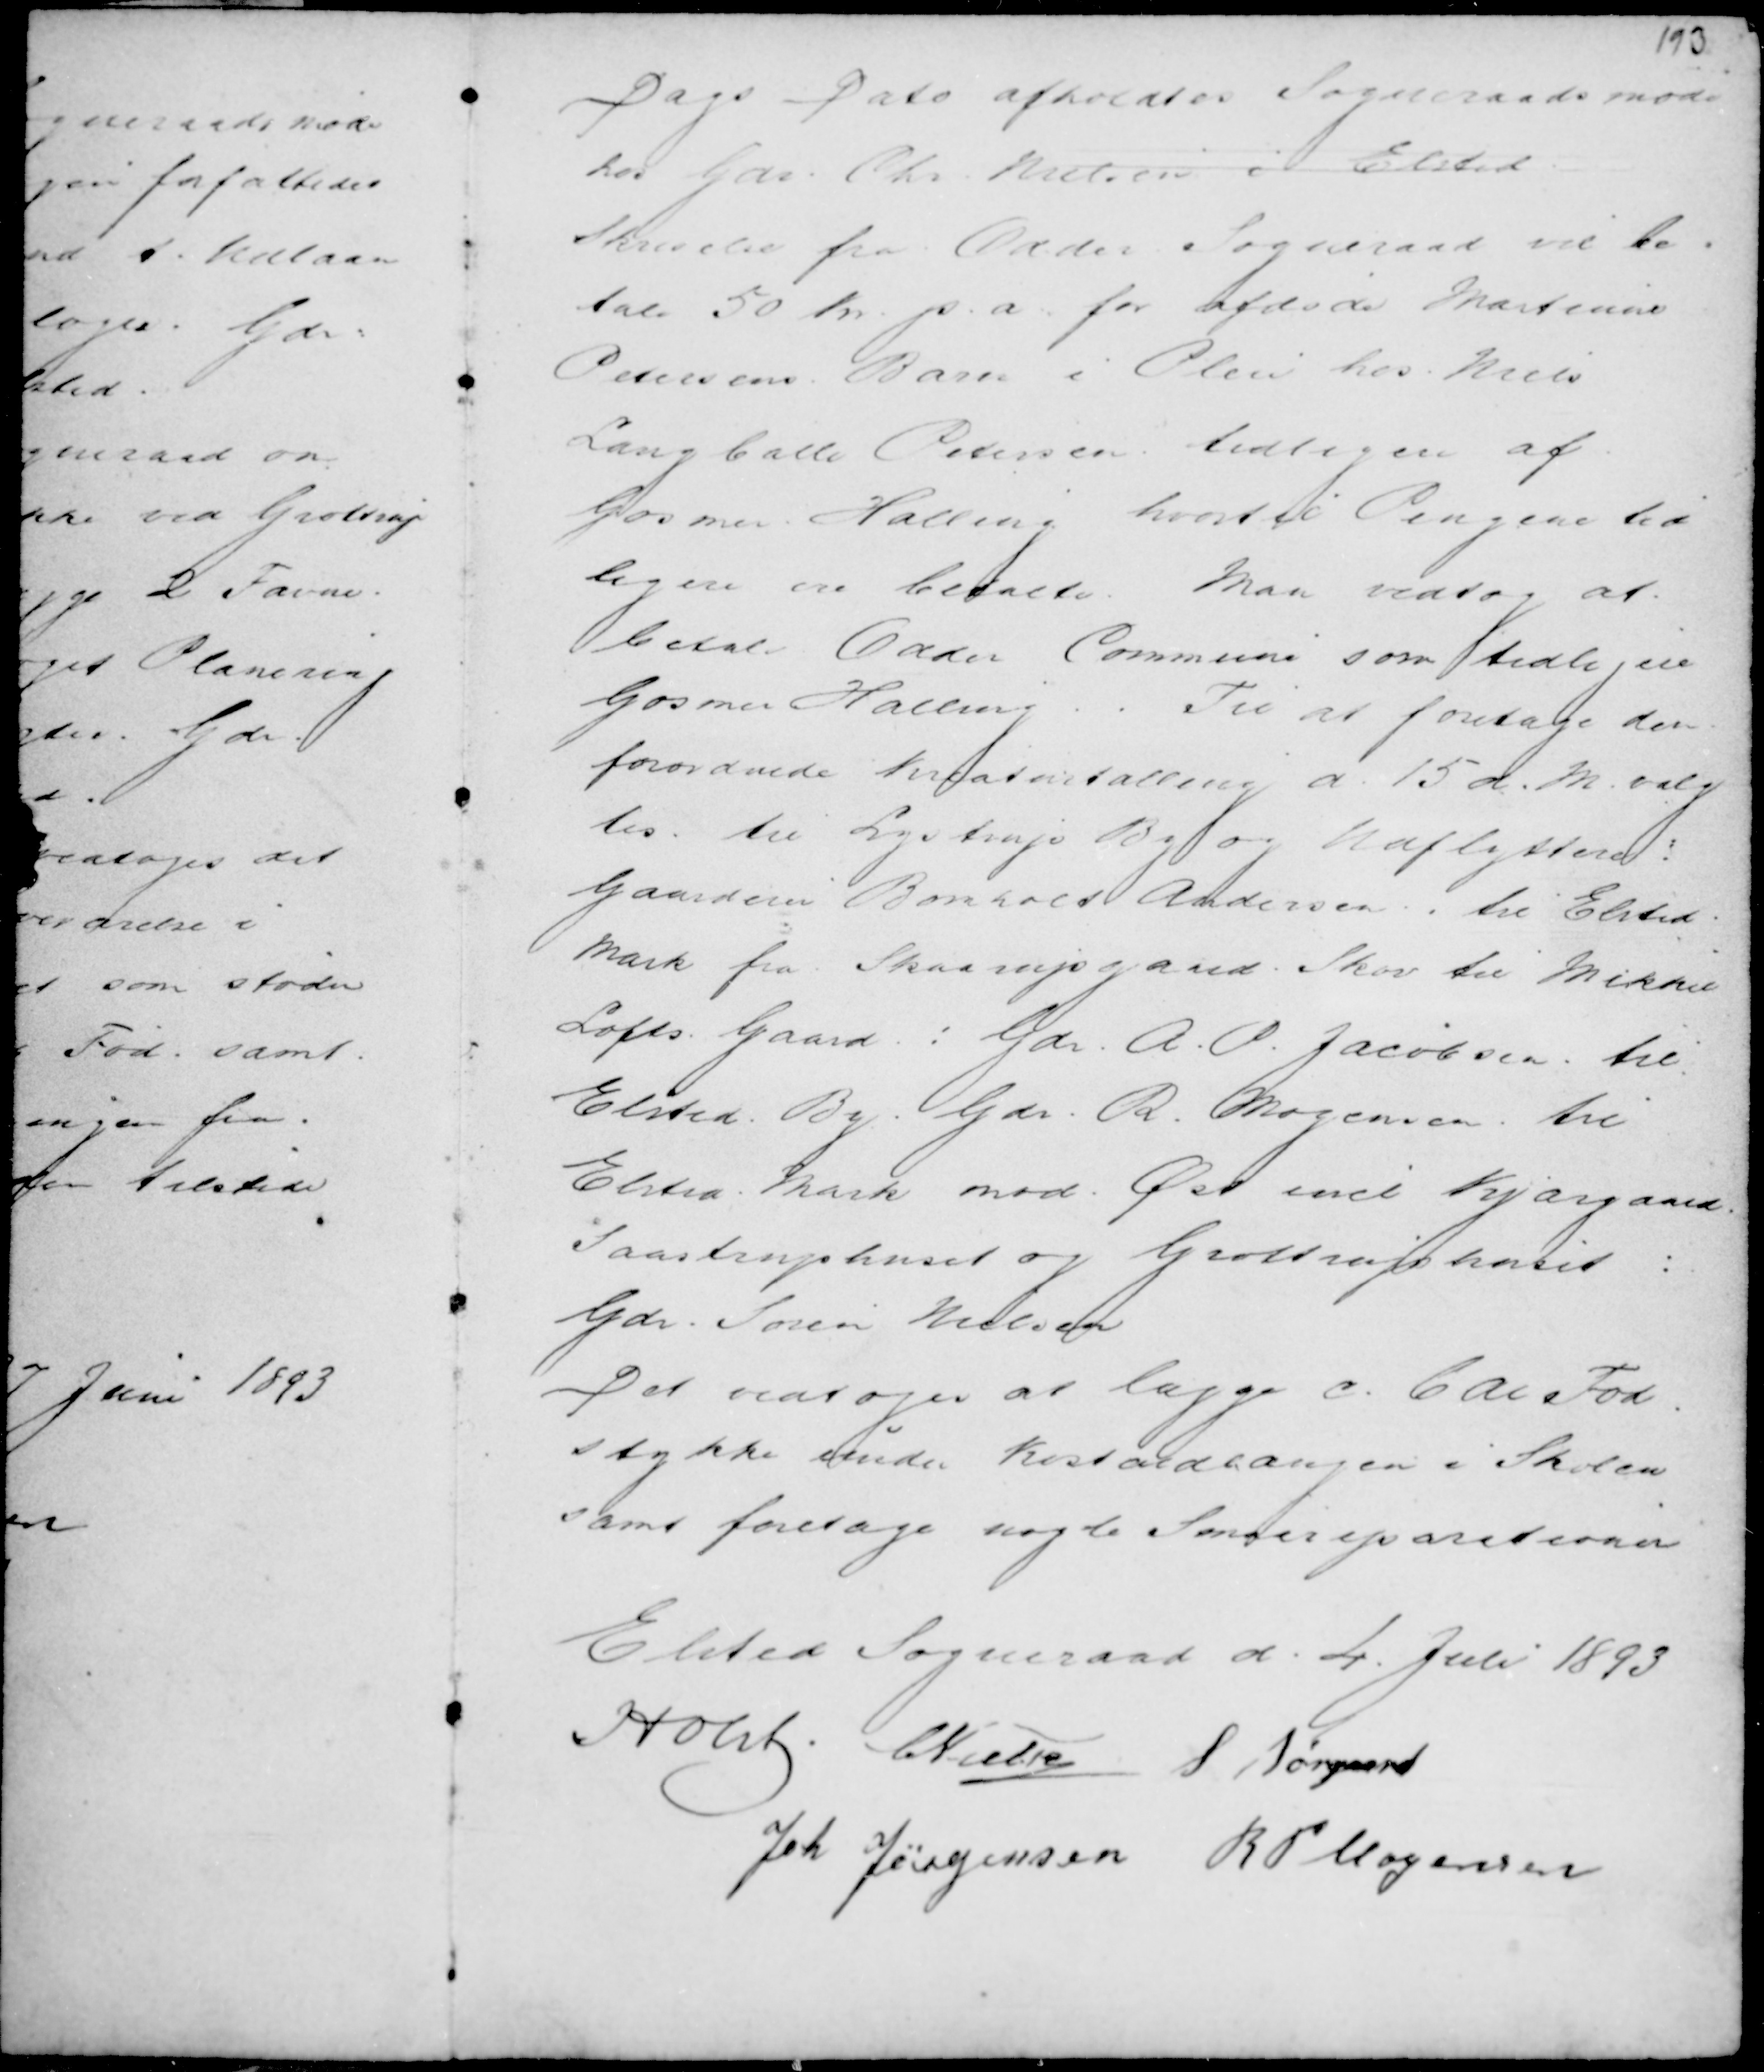
Transskription:
Dags Dato afholdtes Sogneraadsmøde
hos Gdr. Chr. Nielsen i Elsted
Skrivelse fra Odder Sogneraad vil be-
tale 50 Kr p.a. for afdøde Martinus
Petersens Barn i Pleie hos Niels
Langballe Pedersen tidligere af
Gosmer Halling hvortil Pengene tid
ligere er betalte. Man vedtog at
betale Odder Commune som tidligere
Gosmer Halling. Til at foretage den
forordnede Kreaturtælling d. 15 d.M. valg
tes til Lystrup By og Udflyttere :
Gaardeier Bomholt Andersen . til Elsted
Mark fra Skaarupgaard Skov til Mikkel
Lofts Gaard : Gdr A. P. Jacobsen . til
Elsted By . Gdr. R. Mogensen . til
Elsted Mark mod Øst incl Kjærgaard
Saastruphuset og Grottruphuset :
Gdr. Søren Nielsen
Det vedtoges at lægge c. 6 Al Fod
stykke under Kostaldlængen i Skolen
samt foretage nogle Smaareparationer

Elsted Sogneraad d. 4. Juli 1893
Holst . C Nielsen S Nørgaard
Joh Jørgensen R P Mogensen